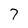
Character: 7